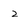
Character: 2